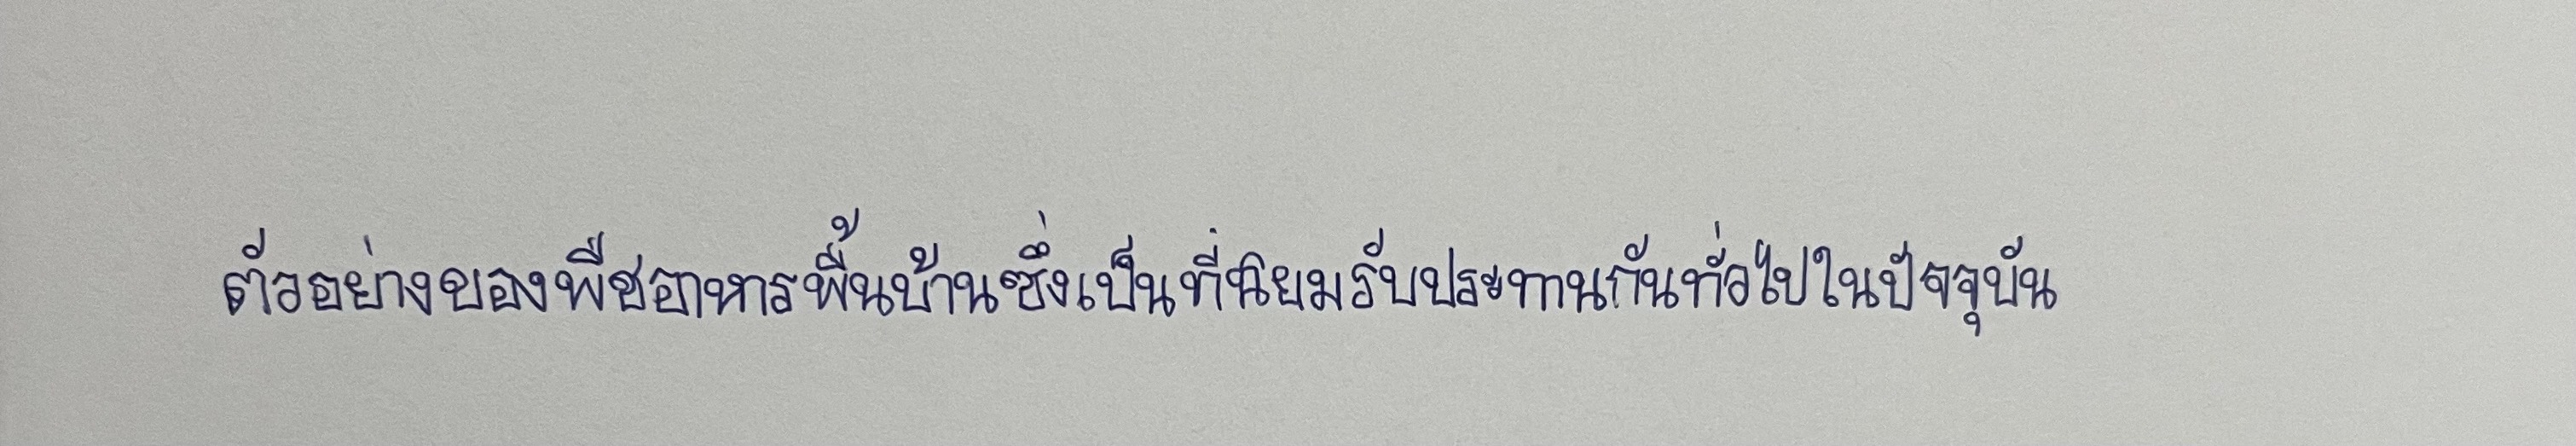
ตัวอย่างของพืชอาหารพื้นบ้านซึ่งเป็นที่นิยมรับประทานกันทั่วไปในปัจจุบัน